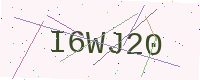
Text: I6WJ20